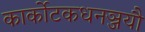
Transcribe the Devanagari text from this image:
कार्कोटकधनञ्जयौ